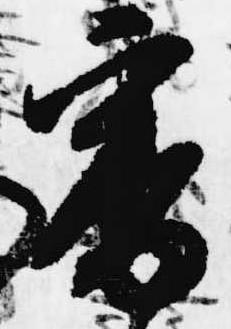
審